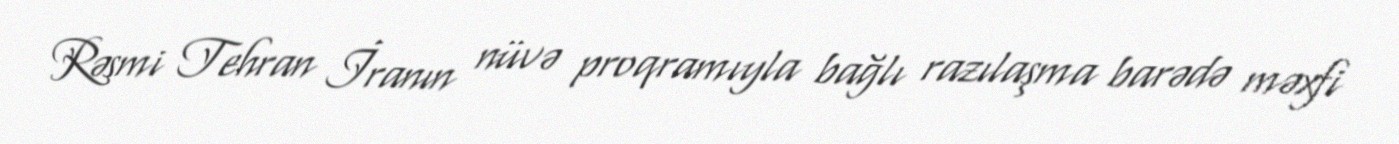
Rəsmi Tehran İranın nüvə proqramıyla bağlı razılaşma barədə məxfi